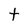
Character: t